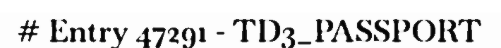
# Entry 47291 - TD3_PASSPORT